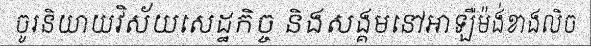
ចូរនិយាយវិស័យសេដ្ឋកិច្ច និងសង្គមនៅអាឡឺម៉ង់ខាងលិច